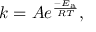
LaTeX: k = A e ^ { \frac { - E _ { \mathrm { { a } } } } { R T } } ,